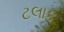
ટલાક